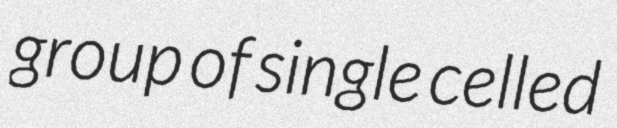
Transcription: group of single celled